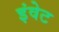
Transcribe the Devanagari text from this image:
इंवेट